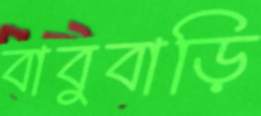
বাবুবাড়ি